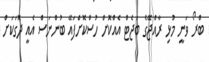
ބްރޯ ވަނީ މުޅި ރާއްޖޭގެ ބަޖެޓް އެއްކޮށް ހުސްކޮށްފައޭ ބުންނަސް އެއީ ދޮގަކަށް